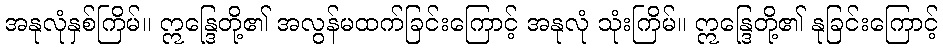
အနုလုံနှစ်ကြိမ်။ ဣန္ဒြေတို့၏ အလွန်မထက်ခြင်းကြောင့် အနုလုံ သုံးကြိမ်။ ဣန္ဒြေတို့၏ နုခြင်းကြောင့်